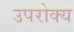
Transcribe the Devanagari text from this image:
उपरोक्य